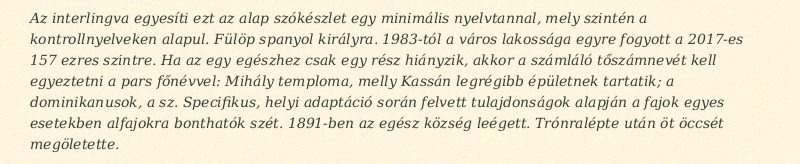
Az interlingva egyesíti ezt az alap szókészlet egy minimális nyelvtannal, mely szintén a kontrollnyelveken alapul. Fülöp spanyol királyra. 1983-tól a város lakossága egyre fogyott a 2017-es 157 ezres szintre. Ha az egy egészhez csak egy rész hiányzik, akkor a számláló tőszámnevét kell egyeztetni a pars főnévvel: Mihály temploma, melly Kassán legrégibb épületnek tartatik; a dominikanusok, a sz. Specifikus, helyi adaptáció során felvett tulajdonságok alapján a fajok egyes esetekben alfajokra bonthatók szét. 1891-ben az egész község leégett. Trónralépte után öt öccsét megöletette.